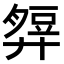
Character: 𧯭